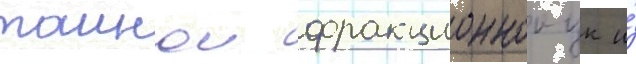
таинои фракционнои цк и́